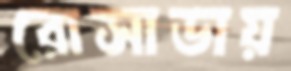
রোসাডায়